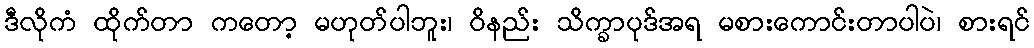
ဒီလိုကံ ထိုက်တာ ကတော့ မဟုတ်ပါဘူး၊ ဝိနည်း သိက္ခာပုဒ်အရ မစားကောင်းတာပါပဲ၊ စားရင်